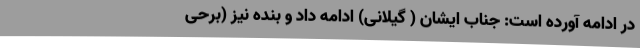
در ادامه آورده است: جناب ایشان ( گیلانی) ادامه داد و بنده نیز (برحی